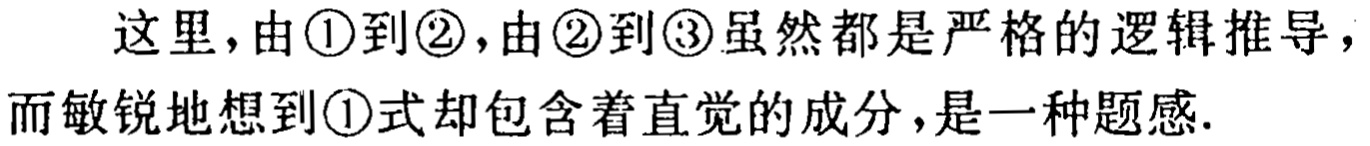
这里，由\textcircled{1}到\textcircled{2}，由\textcircled{2}到\textcircled{3}虽然都是严格的逻辑推导，而敏锐地想到\textcircled{1}式却包含着直觉的成分，是一种题感.